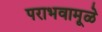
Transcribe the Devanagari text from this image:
पराभवामूळे